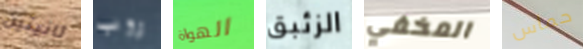
ثانيتين روب الهواة الزئبق المخفي حماس